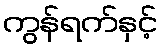
ကွန်ရက်နှင့်